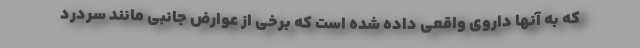
که به آنها داروی واقعی داده شده است که برخی از عوارض جانبی مانند سردرد